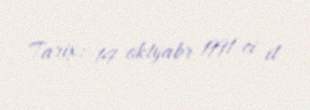
Tarix: 14 oktyabr 1991-ci il